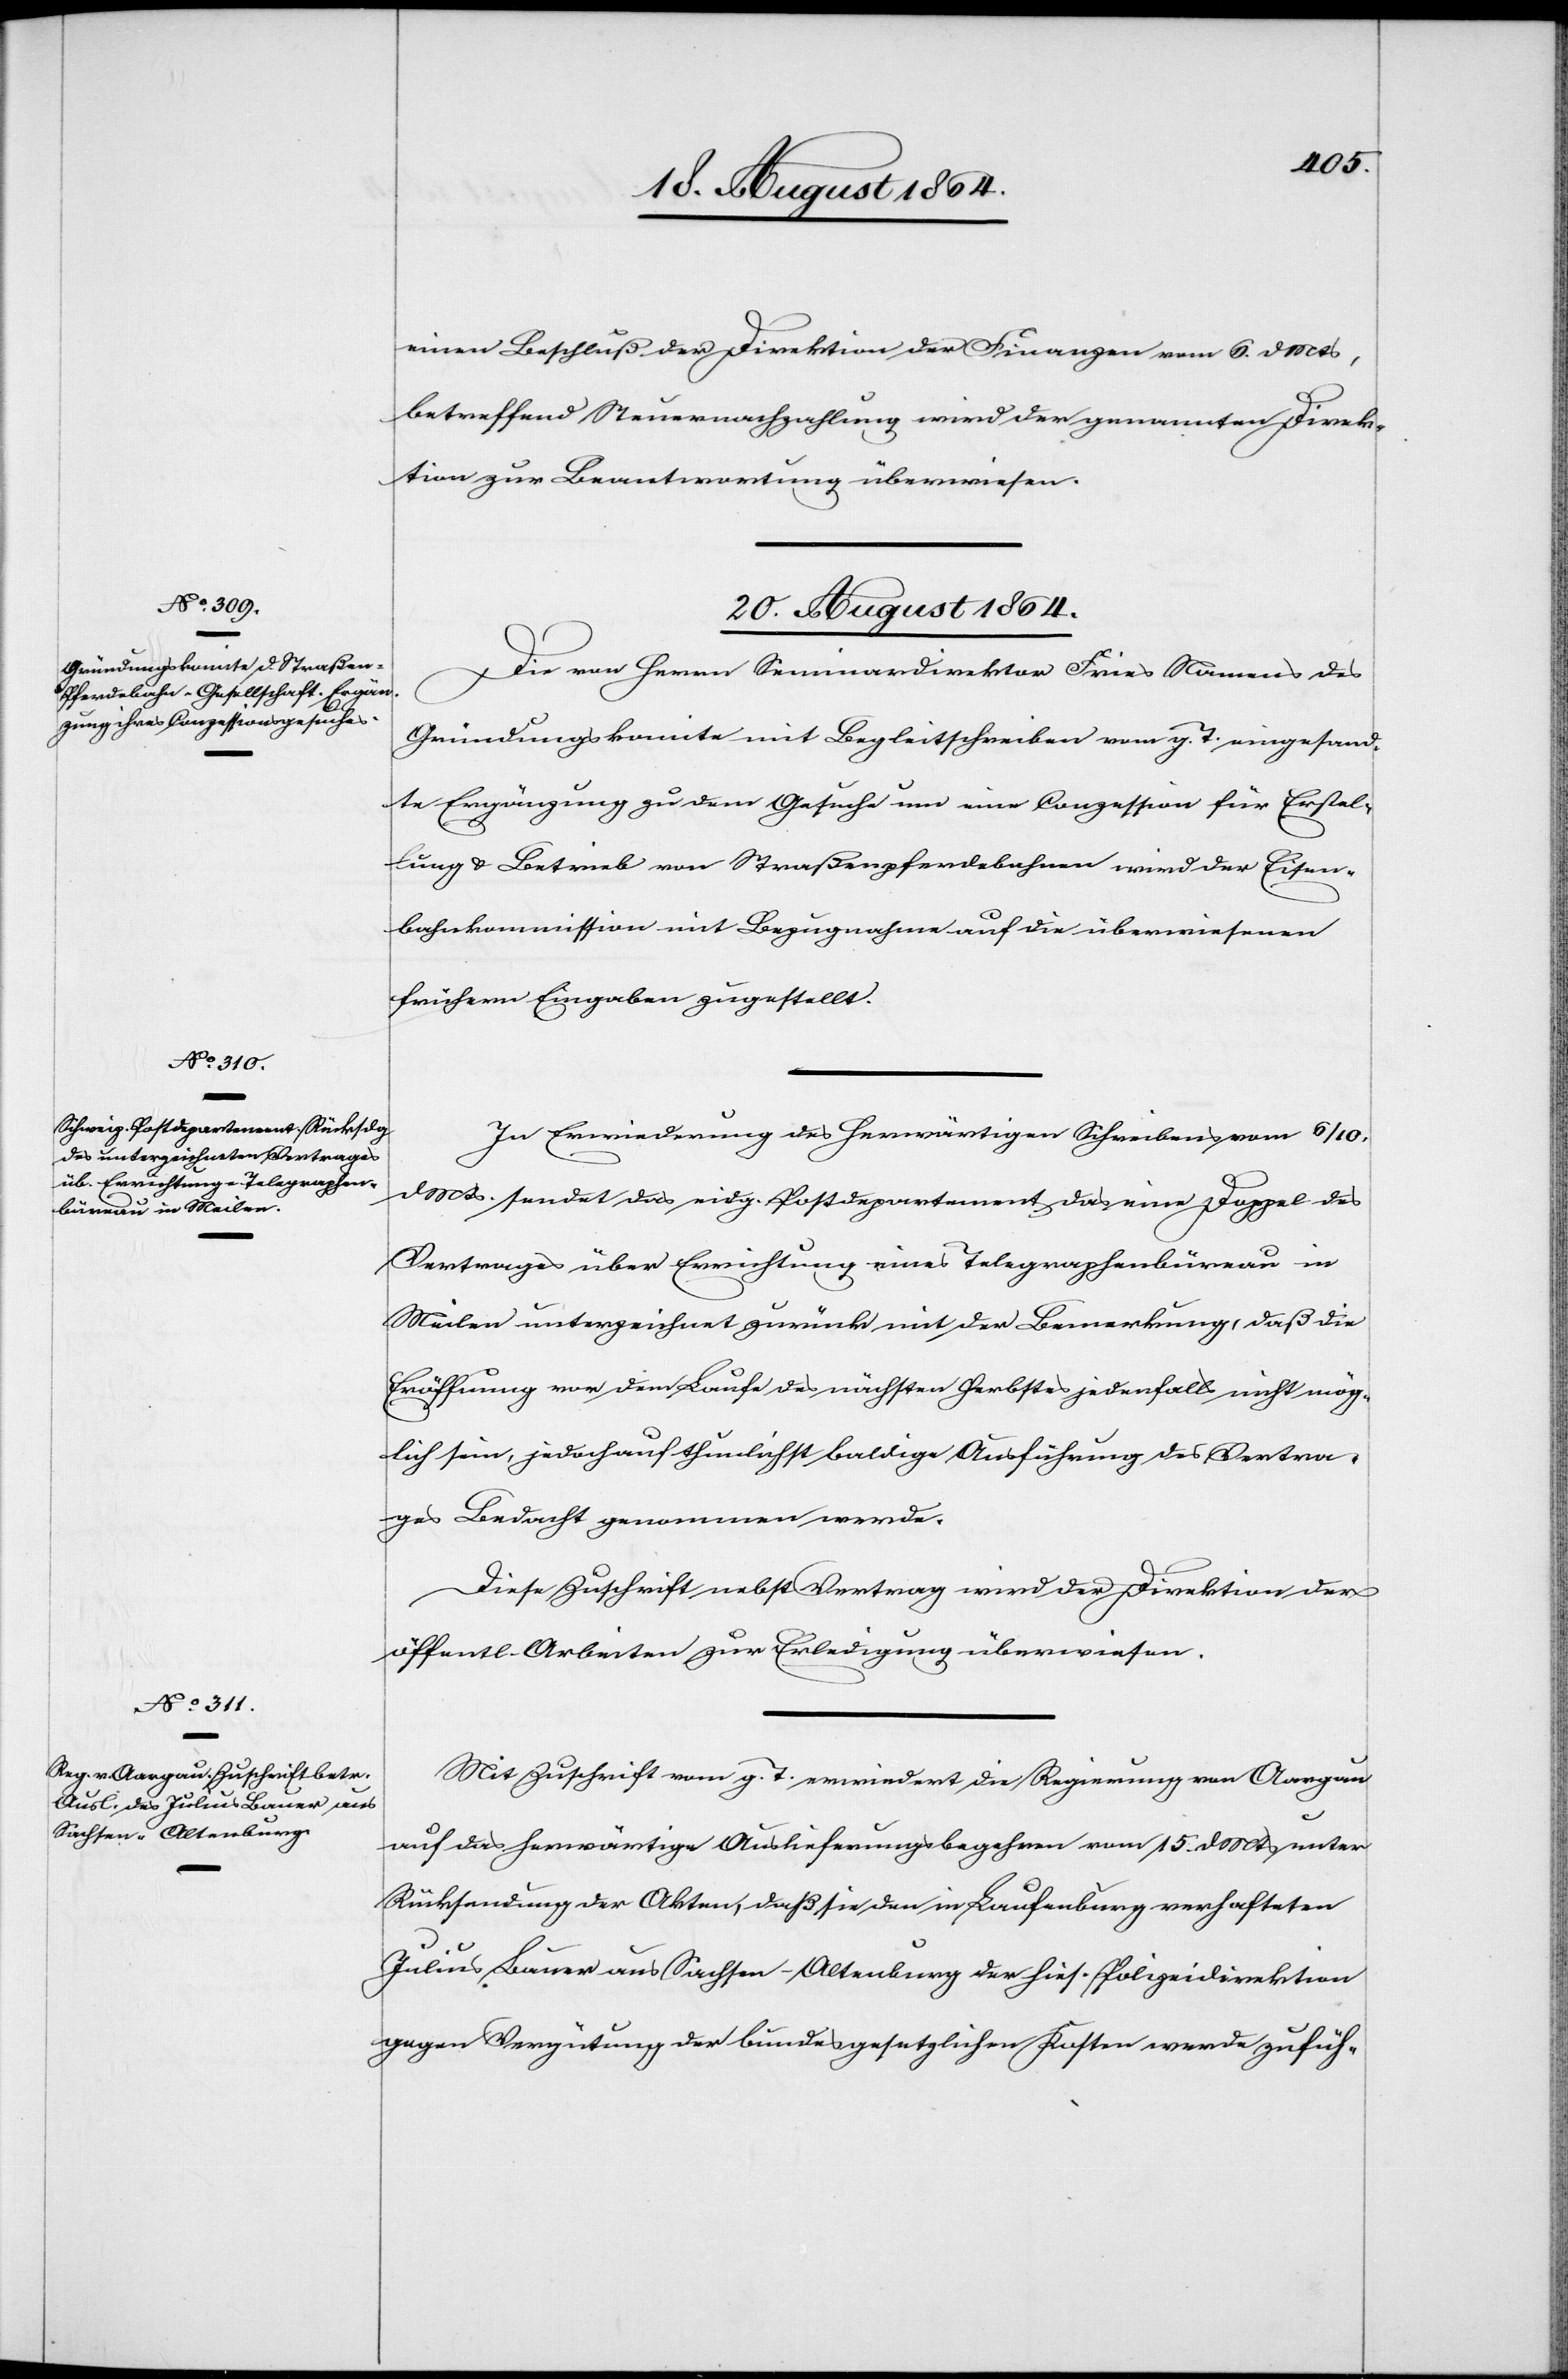
20. August 1864.]
einen Beschluß der Direktion der Finanzen vom 6. d. Mts,
betreffend Steuernachzahlung wird der genannten Direk¬
tion zur Beantwortung überwiesen.
20. August 1864.
Die von Herrn Seminardirektor Fries Namens des
Gründungskomite mit Begleitschreiben vom g. T. eingesand¬
te Ergänzung zu dem Gesuche um eine Conzession für Erstel¬
lung & Betrieb von Straßenpferdebahnen wird der Eisen¬
bahnkommission mit Bezugnahme auf die überwiesenen
frühern Eingaben zugestellt.
In Erwiederung des herwärtigen Schreibens vom 6./10.
d. Mts. sendet das eidg. Postdepartement das eine Doppel des
Vertrages über Errichtung eines Telegraphenbüreau in
Meilen unterzeichnet zurück mit der Bemerkung, daß die
Eröffnung vor dem Laufe des nächsten Herbstes jedenfalls nicht mög¬
lich sein, jedoch auf thunlichst baldige Ausführung des Vertra¬
ges Bedacht genommen werde.
Diese Zuschrift nebst Vertrag wird der Direktion der
öffentl. Arbeiten zur Erledigung überwiesen.
Mit Zuschrift vom g. T erwiedert die Regierung von Aargau
auf das herwärtige Auslieferungsbegehren vom 15. d. Mts unter
Rücksendung der Akten, daß sie den in Laufenburg verhafteten
Julius Bauer aus Sachsen-Altenburg der hies. Polizeidirektion
gegen Vergütung der bundesgesetzlichen Kosten werde zufüh-